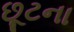
છૂટના